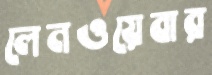
লেনওয়েবার